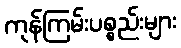
ကုန်ကြမ်းပစ္စည်းများ